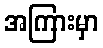
အကြားမှာ